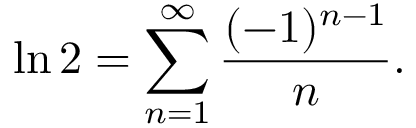
\ln 2 = \sum _ { n = 1 } ^ { \infty } { \frac { ( - 1 ) ^ { n - 1 } } { n } } .